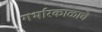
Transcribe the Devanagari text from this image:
गर्भारकाळाचे